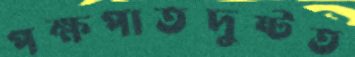
পক্ষপাতদুষ্টত